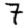
Digit: 7